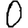
Digit: 0